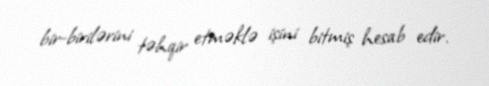
bir-birilərini təhqir etməklə işini bitmiş hesab edir.